Calcutta medical institutions reports 1892-1900
Year: 1892
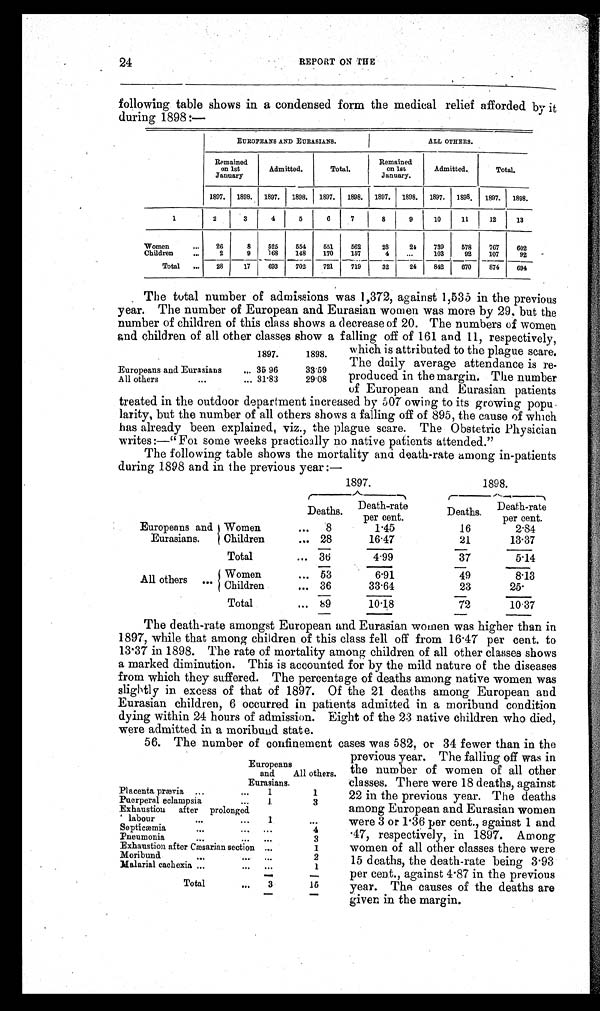
24
REPORT ON THE
following table shows in a condensed form the medical relief afforded by it
during 1898:—
EUROPEANS AND EURASIANS.
ALL OTHERS.
Remained
on 1st
January
Admitted.
Total.
Remained
on 1st
January.
Admitted.
Total.
1897. 1898. 1897. 1898. 1897.
1898. 1897. 1898. 1897. 1898.
1897. 1898.
1
2
3
4
5
6
7
8
9
10
11
12
13
Women
...
26
8
525
554
551
562
28
24
739
578
767
602
Children
...
2
9
168
148
170
157
4
...
103
92
107
92
Total
...
28
17
693
702
721
719
32
24
842
670
874
694
The total number of admissions was 1,372, against 1,535 in the previous
year. The number of European and Eurasian women was more by 29, but the
number of children of this class shows a decrease of 20. The numbers of women
and children of all other classes show a falling off of 161 and 11, respectively.
which is attributed to the plague scare.
The daily average attendance is re-
produced in the margin. The number
of European and Eurasian patients
treated in the outdoor department increased by 507 owing to its growing popu
-larity, but the number of all others shows a falling off of 895, the cause of which
has already been explained, viz., the plague scare. The Obstetric Physician
writes:—"For some weeks practically no native patients attended."
The following table shows the mortality and death-rate among in-patients
during 1898 and in the previous year:—
1897.
1898.
Deaths.
Death-rate
per cent.
Deaths
Death-rate
per cent.
Europeans and
Eurasians.
Women
...
8
1.45
16
2.84
Children
... 28
16.47
21
13.37
Total
... 36
4.99
37
5.14
All others
. . .
Women
... 53
6.91
49
8.13
Children
... 36
33.64
23
25.
Total
... 89
10.18
72
10.37
The death-rate amongst European and Eurasian women was higher than in
1897, while that among children of this class fell off from 16.47 per cent. to
13.37 in 1898. The rate of mortality among children of all other classes shows
a marked diminution. This is accounted for by the mild nature of the diseases
from which they suffered. The percentage of deaths among native women was
slightly in excess of that of 1897. Of the 21 deaths among European and
Eurasian children, 6 occurred in patients admitted in a moribund condition
dying within 24 hours of admission. Eight of the 23 native children who died,
were admitted in a moribund state.
56. The number of confinement cases was 582, or 34 fewer than in the
previous year. The falling off was in
the number of women of all other
classes. There were 18 deaths, against
22 in the previous year. The deaths
among European and Eurasian women
were 3 or 1.36 per cent., against 1 and
.47, respectively, in 1897. Among
women of all other classes there were
15 deaths, the death-rate being 3.93
per cent., against 4.87 in the previous
year. The causes of the deaths are
given in the margin.
1897.
1898.
Europeans and Eurasians
... 36.96
33.59
All others
. . .
... 31.83
29.08
Europeans
and
Eurasians.
All others.
Placenta prævia ...
...
1
1
Puerperal eclampsia
...
1
3
Exhaustion after prolonged
labour
...
...
1
. . .
Septicæmia
...
...
...
4
Pneumonia
...
...
...
3
Exhaustion after Cæsarian section ...
1
Moribund
...
...
. . .
2
Malarial cachexia ...
. . .
. . .
1
Total
. . .
3
15